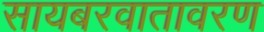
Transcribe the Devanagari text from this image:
सायबरवातावरण